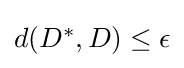
\textstyle d(D^{*},D)\leq \epsilon